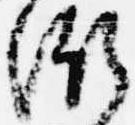
衡